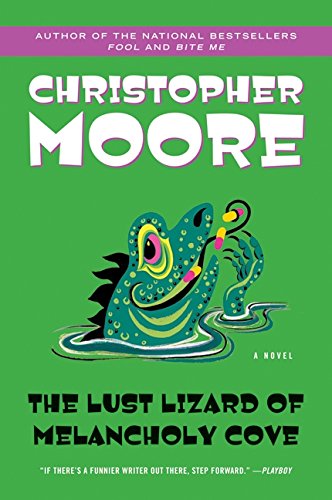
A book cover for The Lust Lizard of Melancholy Cove (Pine Cove Series); Christopher Moore; Science Fiction & Fantasy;